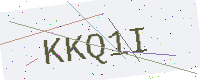
Text: KKQ1I